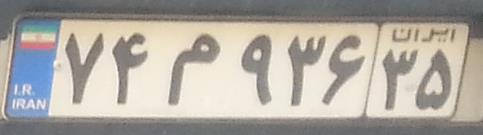
۷۴م۹۳۶۳۵